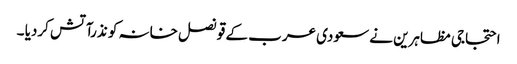
احتجاجی مظاہرین نے سعودی عرب کے قونصل خانہ کو نذرآتش کردیا ۔